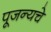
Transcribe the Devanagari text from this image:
पूजन्यचे